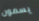
يسمون